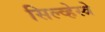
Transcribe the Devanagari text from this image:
सिल्व्हेस्त्रे